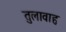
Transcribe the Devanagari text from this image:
तुलावाहः